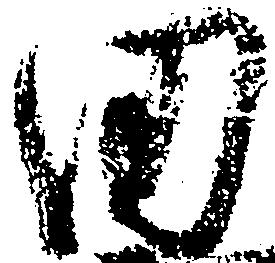
田